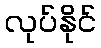
လုပ်နိုင်